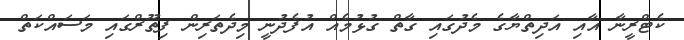
ކެޓްރީނާ އާއި އަދިތްޔާގެ މެދުގައި ގާތް ގުޅުމެއް އުފެދުނީ މިދެތަރިން ފިތޫރްގައި މަސައްކަތް